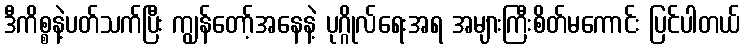
ဒီကိစ္စနဲ့ပတ်သက်ပြီး ကျွန်တော့်အနေနဲ့ ပုဂ္ဂိုလ်ရေးအရ အများကြီးစိတ်မကောင်း ပြင်ပါတယ်